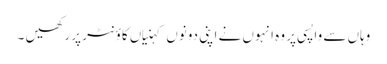
وہاں سے واپسی پر وہ انہوں نے اپنی دونوں کہنیاں کاؤنٹر پر رکھیں ۔